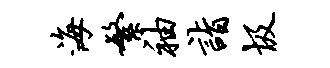
海繁袖诣圾